Vaccination in Bombay 1869-1873 - 1869-1873
Year: 1869
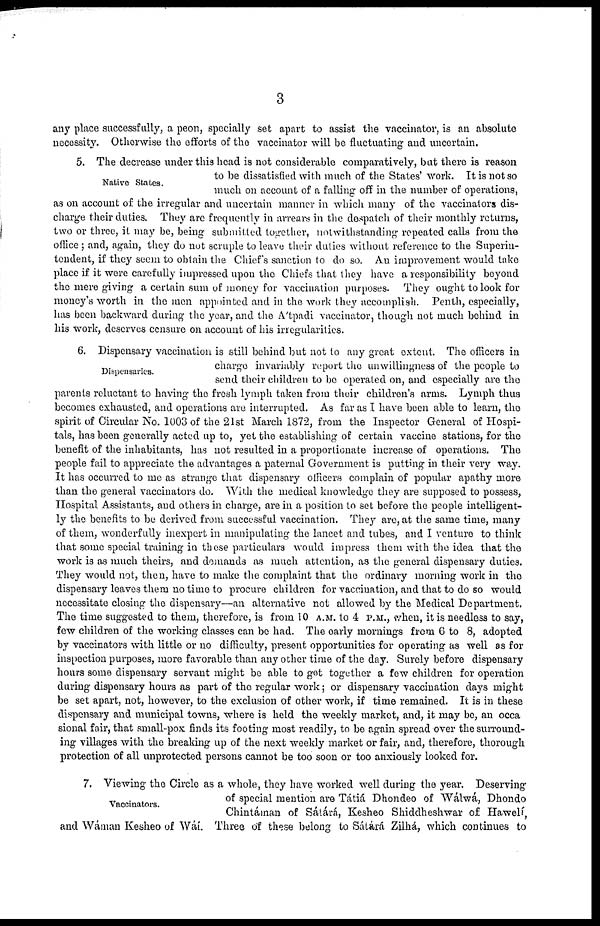
3
any place successfully, a peon, specially set apart to assist the vaccinator, is an absolute
necessity. Otherwise the efforts of the vaccinator will be fluctuating and uncertain.
Native States.
5. The decrease under this head is not considerable comparatively, but there is reason
to be dissatisfied with much of the States' work. It is not so
much on account of a falling off in the number of operations,
as on account of the irregular and uncertain manner in which many of the vaccinators dis-
charge their duties. They are frequently in arrears in the despatch of their monthly returns,
two or three, it may be, being submitted together, notwithstanding repeated calls from the
office; and, again, they do not scruple to leave their duties without reference to the Superin-
tendent, if they seem to obtain the Chief's sanction to do so. An improvement would take
place if it were carefully impressed upon the Chiefs that they have a responsibility beyond
the mere giving a certain sum of money for vaccination purposes. They ought to look for
money's worth in the men appointed and in the work they accomplish. Penth, especially,
has been backward during the year, and the A'tpadi vaccinator, though not much behind in
his work, deserves censure on account of his irregularities.
Dispensaries.
6. Dispensary vaccination is still behind but not to any great extent. The officers in
charge invariably report the unwillingness of the people to
send their children to be operated on, and especially are the
parents reluctant to having the fresh lymph taken from their children's arms. Lymph thus
becomes exhausted, and operations are interrupted. As far as I have been able to learn, the
spirit of Circular No. 1003 of the 21st March 1872, from the Inspector General of Hospi-
tals, has been generally acted up to, yet the establishing of certain vaccine stations, for the
benefit of the inhabitants, has not resulted in a proportionate increase of operations. The
people fail to appreciate the advantages a paternal Government is putting in their very way.
It has occurred to me as strange that dispensary officers complain of popular apathy more
than the general vaccinators do. With the medical knowledge they are supposed to possess,
Hospital Assistants, and others in charge, are in a position to set before the people intelligent-
ly the benefits to be derived from successful vaccination. They are, at the same time, many
of them, wonderfully inexpert in manipulating the lancet and tubes, and I venture to think
that some special training in these particulars would impress them with the idea that the
work is as much theirs, and demands as much attention, as the general dispensary duties.
They would not, then, have to make the complaint that the ordinary morning work in the
dispensary leaves them no time to procure children for vaccination, and that to do so would
necessitate closing the dispensary—an alternative not allowed by the Medical Department.
The time suggested to them, therefore, is from 10 A.M. to 4 P.M., when, it is needless to say,
few children of the working classes can be had. The early mornings from 6 to 8, adopted
by vaccinators with little or no difficulty, present opportunities for operating as well as for
inspection purposes, more favorable than any other time of the day. Surely before dispensary
hours some dispensary servant might be able to get together a few children for operation
during dispensary hours as part of the regular work; or dispensary vaccination days might
be set apart, not, however, to the exclusion of other work, if time remained. It is in these
dispensary and municipal towns, where is held the weekly market, and, it may be, an occa¬
sional fair, that small-pox finds its footing most readily, to be again spread over the surround-
ing villages with the breaking up of the next weekly market or fair, and, therefore, thorough
protection of all unprotected persons cannot be too soon or too anxiously looked for.
Vaccinators.
7. Viewing the Circle as a whole, they have worked well during the year. Deserving
of special mention are Tátiá Dhondeo of Wálwá, Dhondo
Chintáman of Sátárá, Kesheo Shiddheshwar of Hawelí,
and Wáman Kesheo of Wáí. Three of these belong to Sátárá Zilhá, which continues to